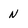
Character: N